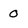
Character: 0